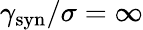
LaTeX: \gamma_{\mathrm{syn}}/\sigma=\infty